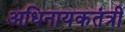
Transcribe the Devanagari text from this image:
अधिनायकतंत्री